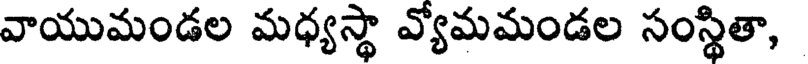
వాయుమండల మధ్యస్థా వ్యోమమండల సంస్థితా,